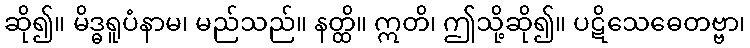
ဆို၍။ မိဒ္ဓရူပံနာမ၊ မည်သည်။ နတ္ထိ။ ဣတိ၊ ဤသို့ဆို၍။ ပဋိသေဓေတဗ္ဗာ၊